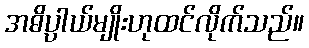
အဓိပ္ပာယ်မျိုးဟုထင်လိုက်သည်။